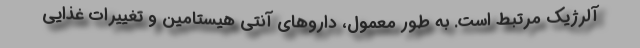
آلرژیک مرتبط است. به طور معمول، داروهای آنتی هیستامین و تغییرات غذایی